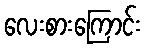
လေးစားကြောင်း